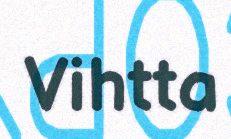
Vihtta